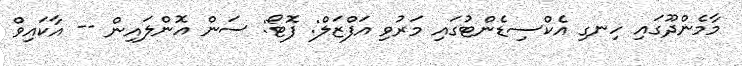
މާމެންދޫގައި ހިނގި އެކްސިޑެންޓުގައި މަރުވި އަފްޒަލް: ފޮޓޯ: ސަން އޮންލައިން -- އާކައިވް